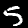
Label: 5